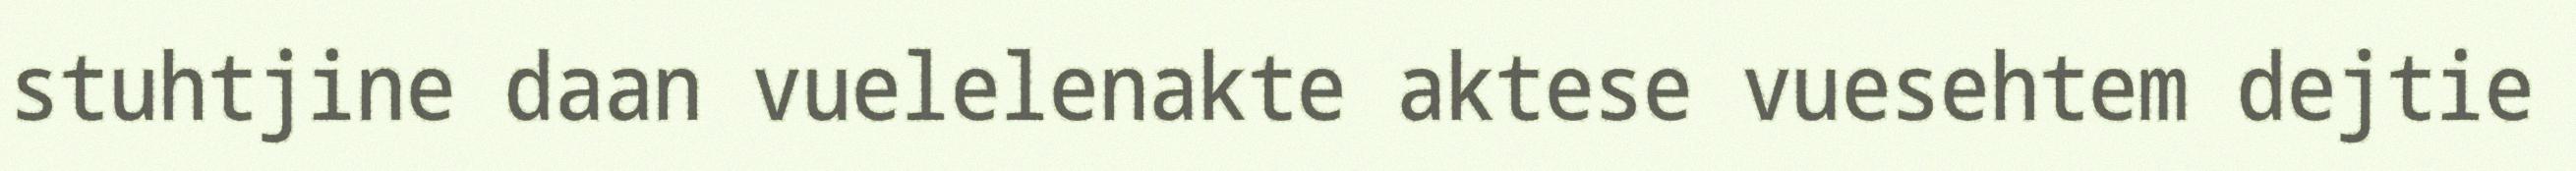
stuhtjine daan vuelelenakte aktese vuesehtem dejtie